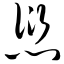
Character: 愆